Scottish Certificate of Education, 1962
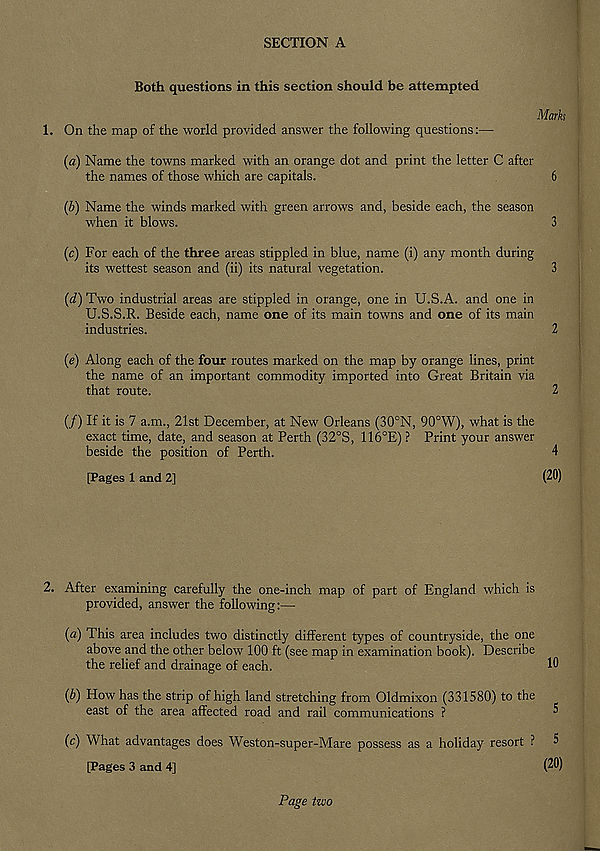
SECTION A
Both questions in this section should be attempted
Marks
1. On the map of the world provided answer the following questions:—
(a) Name the towns marked with an orange dot and print the letter C after
the names of those which are capitals.
6
(b) Name the winds marked with green arrows and, beside each, the season
when it blows.
3
(c) For each of the three areas stippled in blue, name (i) any month during
its wettest season and (ii) its natural vegetation.
3
(d) Two industrial areas are stippled in orange, one in U.S.A. and one in
U.S.S.R. Beside each, name one of its main towns and one of its main
industries.
2
(e) Along each of the four routes marked on the map by orange lines, print
the name of an important commodity imported into Great Britain via
that route.
2
(/) If it is 7 a.m., 21st December, at New Orleans (30°N, 90°W), what is the
exact time, date, and season at Perth (32°S, 116°E) ? Print your answer
beside the position of Perth.
4
[Pages 1 and 2]
(20)
2. After examining carefully the one-inch map of part of England which is
provided, answer the following:—
(a) This area includes two distinctly different types of countryside, the one
above and the other below 100 ft (see map in examination book). Describe
the relief and drainage of each.
10
(b) How has the strip of high land stretching from Oldmixon (331580) to the
east of the area affected road and rail communications ?
^
(c) What advantages does Weston-super-Mare possess as a holiday resort ? 5
[Pages 3 and 4]
(20)
Page two